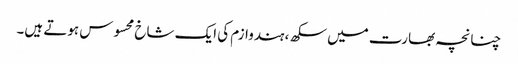
چنانچہ بھارت میں سکھ، ہندوازم کی ایک شاخ محسوس ہوتے ہیں۔